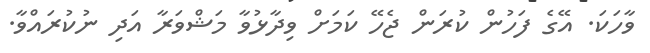
ވާހަކަ. އޭގެ ފަހުން ކުރަން ޖެހޭ ކަމަށް ވިދާޅުވާ މަޝްވަރާ އަދި ނުކުރައްވާ.